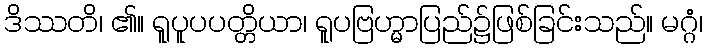
ဒိဿတိ၊ ၏။ ရူပူပပတ္တိယာ၊ ရူပဗြဟ္မာပြည်၌ဖြစ်ခြင်းသည်။ မဂ္ဂံ၊